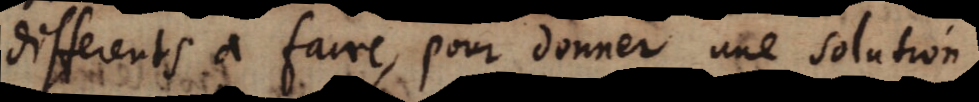
differents a faire, pour donner une solution